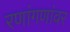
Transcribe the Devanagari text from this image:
रणांगणांवर